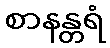
စာနန္တရံ